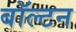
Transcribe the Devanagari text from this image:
बॉल्टन